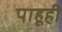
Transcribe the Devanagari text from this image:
पाहूही